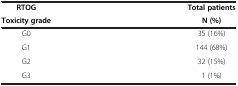
<table><thead><tr><td><b>RTOG</b></td><td><b>Total patients</b></td></tr><tr><td><b>Toxicity grade</b></td><td><b>N (%)</b></td></tr></thead><tbody><tr><td>G0</td><td>35 (16%)</td></tr><tr><td>G1</td><td>144 (68%)</td></tr><tr><td>G2</td><td>32 (15%)</td></tr><tr><td>G3</td><td>1 (1%)</td></tr></tbody></table>